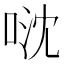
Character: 𠴥